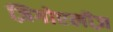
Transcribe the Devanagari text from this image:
ज़िगोएलीज़